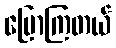
ပြောကြတယ်